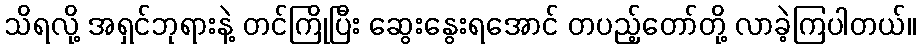
သိရလို့ အရှင်ဘုရားနဲ့ တင်ကြိုပြီး ဆွေးနွေးရအောင် တပည့်တော်တို့ လာခဲ့ကြပါတယ်။